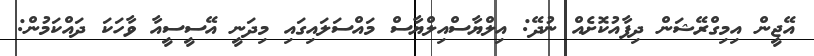
އޭޖީން އިމިގްރޭޝަން ދިފާއުކޮށެއް ނުދޭ: އިލްޔާސްއިލްޔާސް މައްސަލައިގައި މިދަނީ އޭސީސީއާ ވާހަކަ ދައްކަމުން: